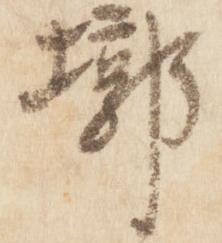
墎